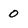
Character: o